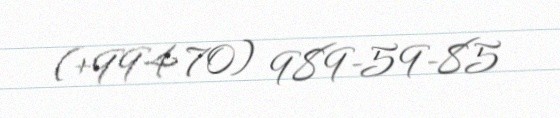
(+994 70) 989-59-85